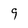
Character: 9